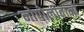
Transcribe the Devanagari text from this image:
नोपोलीतानो